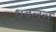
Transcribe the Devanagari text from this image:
धवलस